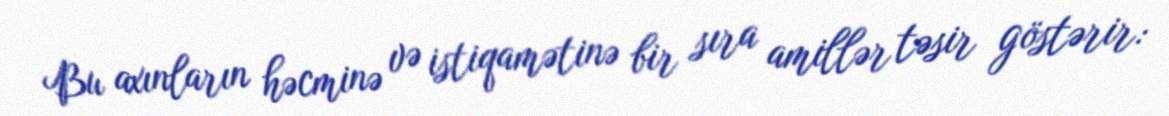
Bu axınların həcminə və istiqamətinə bir sıra amillər təsir göstərir: